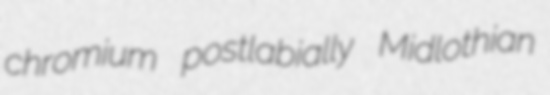
chromium postlabially Midlothian